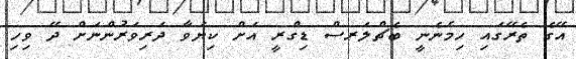
އޭގެ ތެރޭގައި ހިމެނެނީ ބެޗްލަރސް ޑިގްރީ އަށް ކިޔަވާ ދަރިވަރުންނަށް ދޭ ވިހި